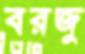
বরজু